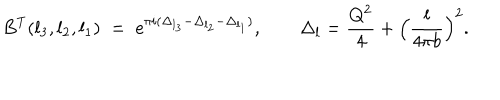
LaTeX: B ^ { \mathrm { T } } ( l _ { 3 } , l _ { 2 } , l _ { 1 } ) \; = \; e ^ { \pi i ( \Delta _ { l _ { 3 } } - \Delta _ { l _ { 2 } } - \Delta _ { l _ { 1 } } ) } , \qquad \Delta _ { l } = \frac { Q ^ { 2 } } { 4 } + \Bigl ( \frac { l } { 4 \pi b } \Bigr ) ^ { 2 } .